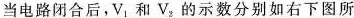
当电路闭合后，V_{1}和V_{2}的示数分别如右下图所示